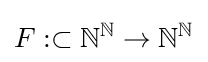
F:\subset \mathbb {N} ^{\mathbb {N} }\to \mathbb {N} ^{\mathbb {N} }